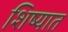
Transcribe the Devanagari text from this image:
शिष्यात